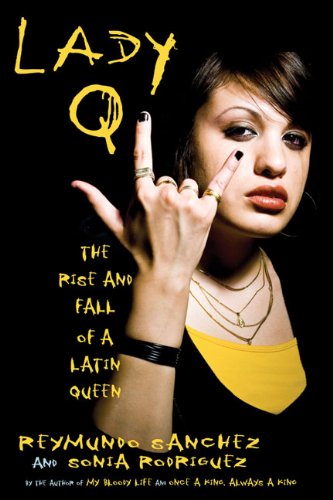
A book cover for Lady Q: The Rise and Fall of a Latin Queen; Reymundo Sanchez; Biographies & Memoirs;